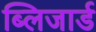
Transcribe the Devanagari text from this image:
ब्लिजार्ड